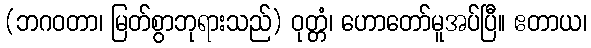
(ဘဂဝတာ၊ မြတ်စွာဘုရားသည်) ဝုတ္တံ၊ ဟောတော်မူအပ်ပြီ။ ဧတာယ၊